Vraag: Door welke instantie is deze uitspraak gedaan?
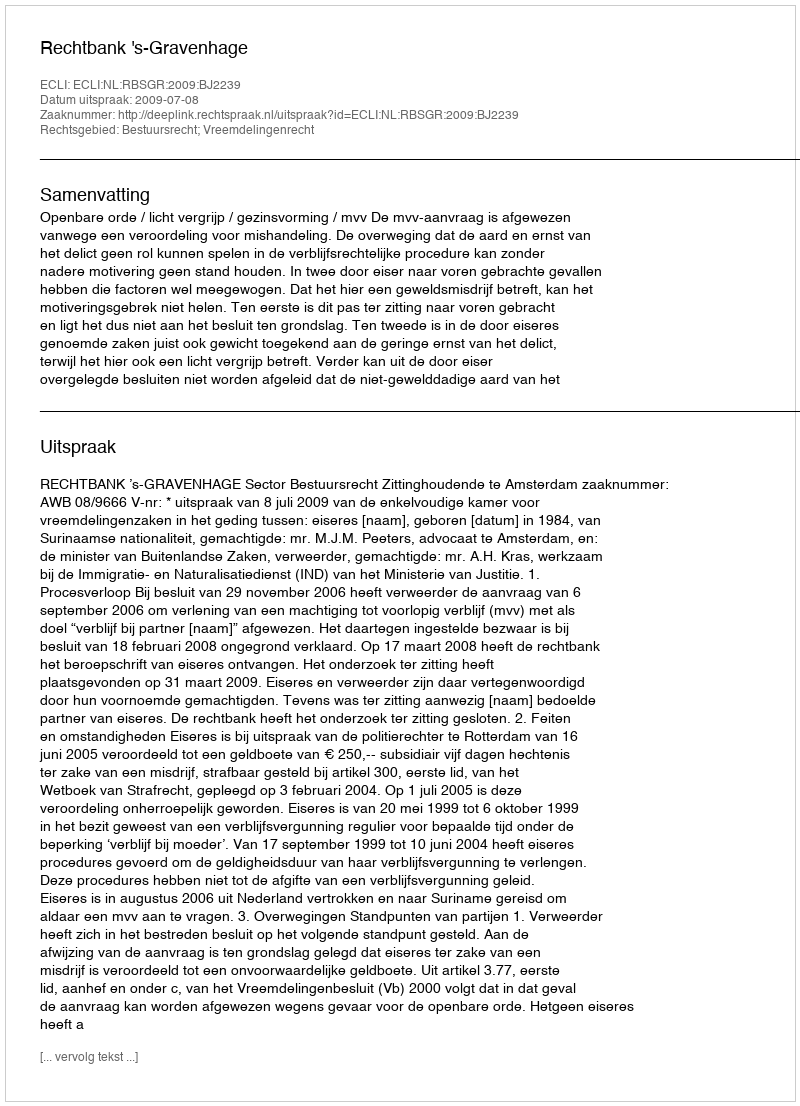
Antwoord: Rechtbank 's-Gravenhage